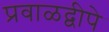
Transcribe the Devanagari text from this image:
प्रवाळद्वीपे